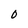
Character: O